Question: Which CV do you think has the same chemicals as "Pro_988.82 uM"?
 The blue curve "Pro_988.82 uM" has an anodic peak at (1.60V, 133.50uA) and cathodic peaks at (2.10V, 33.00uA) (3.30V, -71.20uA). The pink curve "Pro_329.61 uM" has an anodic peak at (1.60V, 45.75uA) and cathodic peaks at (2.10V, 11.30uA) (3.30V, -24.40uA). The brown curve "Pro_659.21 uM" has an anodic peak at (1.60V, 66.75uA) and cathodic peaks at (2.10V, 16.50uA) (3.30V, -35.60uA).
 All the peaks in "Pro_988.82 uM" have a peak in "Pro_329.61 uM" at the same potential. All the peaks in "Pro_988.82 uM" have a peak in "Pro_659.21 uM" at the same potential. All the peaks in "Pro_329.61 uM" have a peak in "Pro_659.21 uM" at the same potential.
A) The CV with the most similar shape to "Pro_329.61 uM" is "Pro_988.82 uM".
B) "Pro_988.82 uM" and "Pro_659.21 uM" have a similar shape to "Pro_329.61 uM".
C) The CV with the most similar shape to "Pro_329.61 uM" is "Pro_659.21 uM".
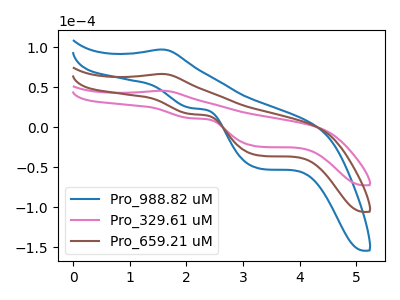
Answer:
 <answer>B) "Pro_988.82 uM" and "Pro_659.21 uM" have a similar shape to "Pro_329.61 uM".</answer>
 <eval>B</eval>